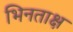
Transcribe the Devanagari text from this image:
भिनताक्ष